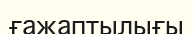
ғажаптылығы